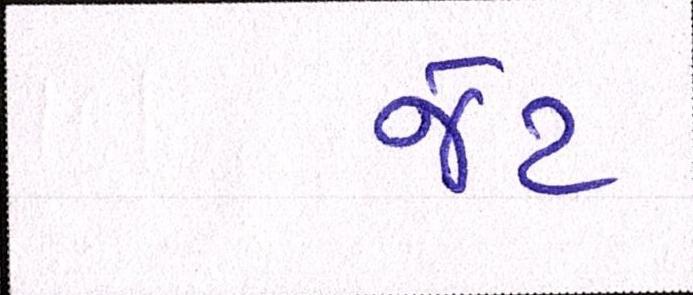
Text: જેટ